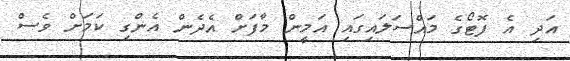
އަދި އެ ފޮޓޯގެ މައްސަލައިގައި އަމީން މާފަށް އެދެން އެންގި ކަމަށް ވެސް